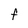
Character: f